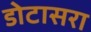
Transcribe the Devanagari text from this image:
डोटासरा